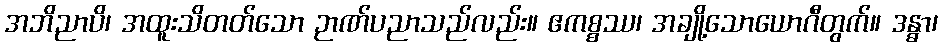
အဘိညာပိ၊ အထူးသိတတ်သော ဉာဏ်ပညာသည်လည်း။ ဧကစ္စဿ၊ အချို့သောယောဂီတွက်။ ဒန္ဓာ၊